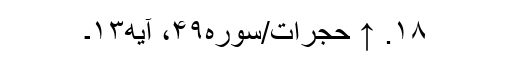
۱۸. ↑ حجرات/سوره۴۹، آیه۱۳۔